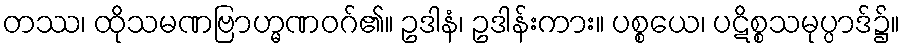
တဿ၊ ထိုသမဏဗြာဟ္မဏဝဂ်၏။ ဥဒါနံ၊ ဥဒါန်းကား။ ပစ္စယေ၊ ပဋိစ္စသမုပ္ပာဒ်၌။